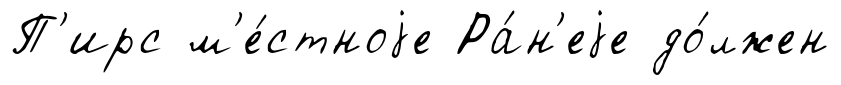
П'ирс м'е́стноjе Ра́н'еjе до́лжен